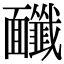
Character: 𩉔